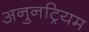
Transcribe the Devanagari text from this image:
अनुनट्रियम